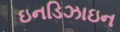
ઇનડિઝાઇન